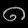
Digit: ၈